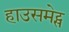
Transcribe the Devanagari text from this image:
हाउसमेट्स